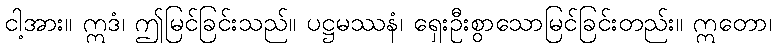
ငါ့အား။ ဣဒံ၊ ဤမြင်ခြင်းသည်။ ပဋ္ဌမဿနံ၊ ရှေးဦးစွာသောမြင်ခြင်းတည်း။ ဣတော၊